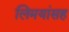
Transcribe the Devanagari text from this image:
लिमयांसह